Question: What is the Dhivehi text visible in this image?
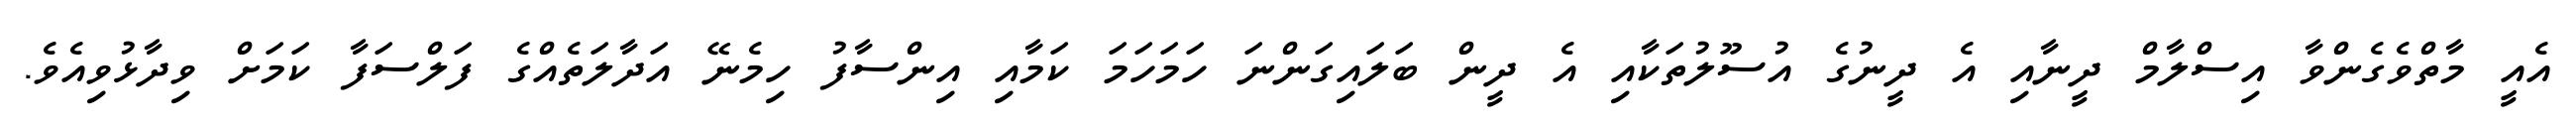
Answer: އެއީ މާތްވެގެންވާ އިސްލާމް ދީނާއި އެ ދީނުގެ އުސޫލުތަކާއި އެ ދީން ބަލައިގަންނަ ހަމަހަމަ ކަމާއި އިންސާފު ހިމެނޭ އަދާލަތެއްގެ ފަލްސަފާ ކަމަށް ވިދާޅުވިއެވެ.